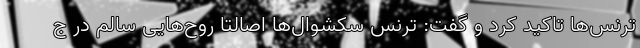
ترنس‌ها تاکید کرد و گفت: ترنس سکشوال‌ها اصالتا روح‌هایی سالم در ج